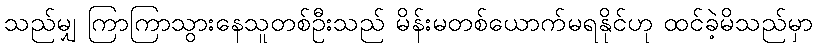
သည်မျှ ကြာကြာသွားနေသူတစ်ဦးသည် မိန်းမတစ်ယောက်မရနိုင်ဟု ထင်ခဲ့မိသည်မှာ